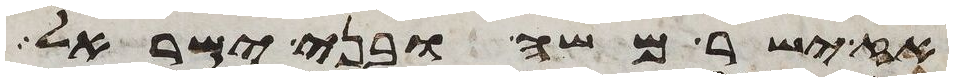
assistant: אז ישר משה ובני ישראל